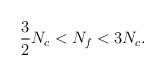
LaTeX: \begin{align*}\frac{3}{2}N_c < N_f < 3N_c.\end{align*}